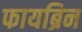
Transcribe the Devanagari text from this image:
फायब्रिन